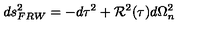
d s _ { F R W } ^ { 2 } = - d \tau ^ { 2 } + { \cal R } ^ { 2 } ( \tau ) d \Omega _ { n } ^ { 2 }